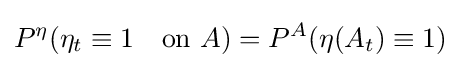
P^{\eta }(\eta _{t}\equiv 1\quad {\text{on }}A)=P^{A}(\eta (A_{t})\equiv 1)